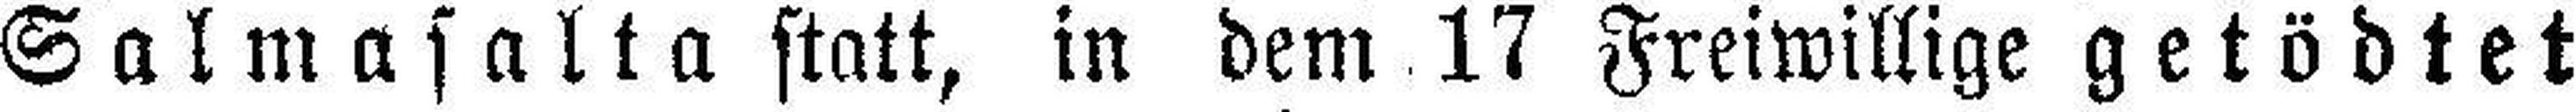
Salmasalta statt, in dem 17 Freiwillige getödtet